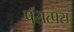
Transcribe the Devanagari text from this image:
परात्परा